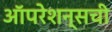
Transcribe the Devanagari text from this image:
ऑपरेशन्सची